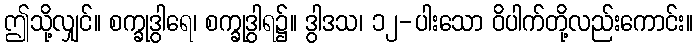
ဤသို့လျှင်။ စက္ခုဒွါရေ၊ စက္ခုဒွါရ၌။ ဒွါဒသ၊ ၁၂-ပါးသော ဝိပါက်တို့လည်းကောင်း။